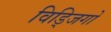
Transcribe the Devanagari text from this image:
विड्जिगो